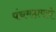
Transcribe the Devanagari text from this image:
पंचमहापापे